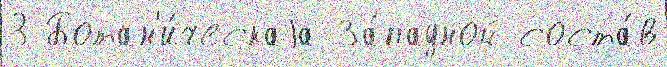
3 Ботан'и́ческаjа За́падной соста́в